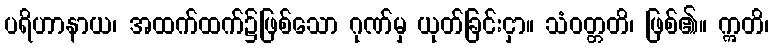
ပရိဟာနာယ၊ အထက်ထက်၌ဖြစ်သော ဂုဏ်မှ ယုတ်ခြင်းငှာ။ သံဝတ္တတိ၊ ဖြစ်၏။ ဣတိ၊